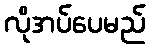
လိုအပ်ပေမည်